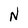
Character: N